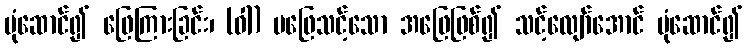
ပုံဆောင်၍ ဖြေကြားခြင်း၊ (ဝါ) မဖြေသင့်သော အဖြေဖြစ်၍ သင့်လျော်အောင် ပုံဆောင်၍